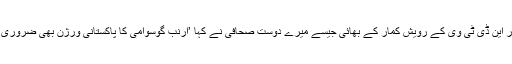
میرے صحافی دوست میرے چہرے کے تاثرات پڑھ رہے تھے اور این ڈی ٹی وی کے رویش کمار کے بھائی جیسے میرے دوست صحافی نے کہا ’ارنب گوسوامی کا پاکستانی ورژن بھی ضروری ہے ورنہ دونوں کا کشتی لڑنےکا مقابلہ تو یک طرفہ نظر آئے گا۔